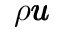
\rho \pmb { u }